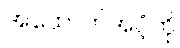
အထောက်အပံ့ကို